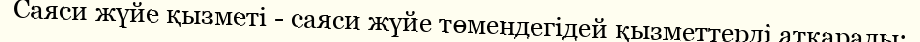
Саяси жүйе қызметі - саяси жүйе төмендегідей қызметтерді атқарады: